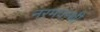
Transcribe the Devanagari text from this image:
नरमपन्थी